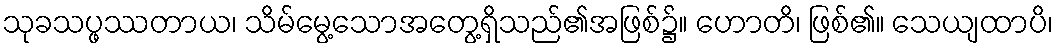
သုခသပ္ဖဿတာယ၊ သိမ်မွေ့သောအတွေ့ရှိသည်၏အဖြစ်၌။ ဟောတိ၊ ဖြစ်၏။ သေယျထာပိ၊